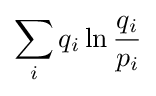
\sum _{i}q_{i}\ln {\frac {q_{i}}{p_{i}}}